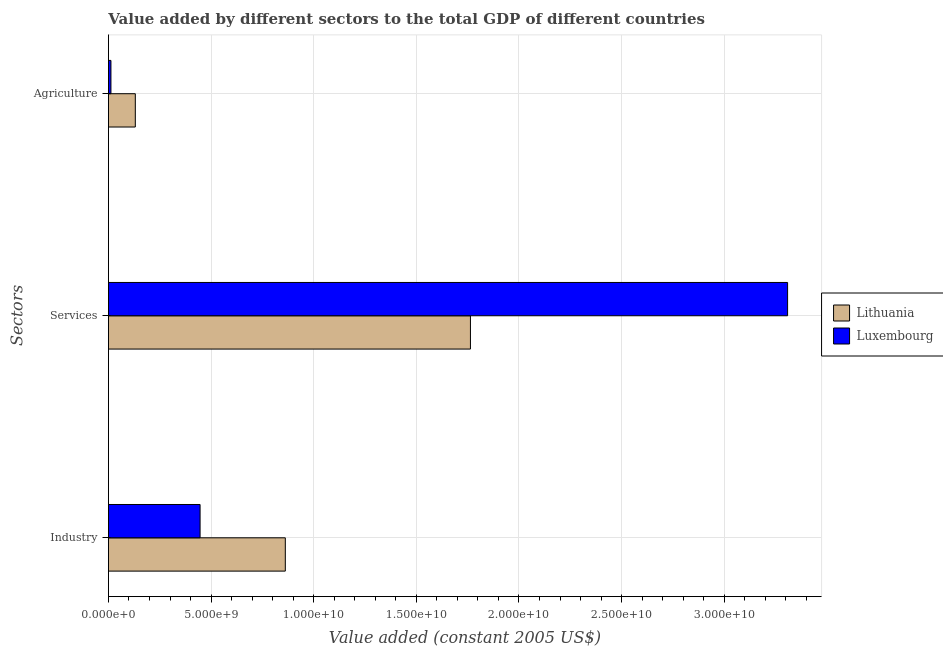
| Sectors | Lithuania | Luxembourg |
 | --- | --- | --- |
 | Industry | 8.62e+09 | 4.46e+09 |
 | Services | 1.76e+10 | 3.31e+10 |
 | Agriculture | 1.31e+09 | 1.22e+08 |